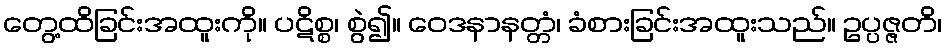
တွေ့ထိခြင်းအထူးကို။ ပဋိစ္စ၊ စွဲ၍။ ဝေဒနာနတ္တံ၊ ခံစားခြင်းအထူးသည်။ ဥပ္ပဇ္ဇတိ၊